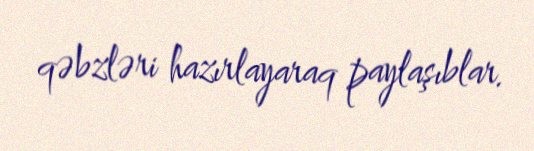
qəbzləri hazırlayaraq paylaşıblar.